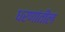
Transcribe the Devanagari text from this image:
धरणांतील